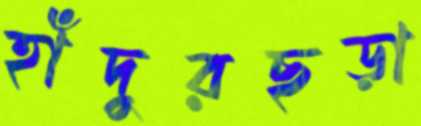
হাঁদুরছড়া